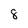
Character: 8